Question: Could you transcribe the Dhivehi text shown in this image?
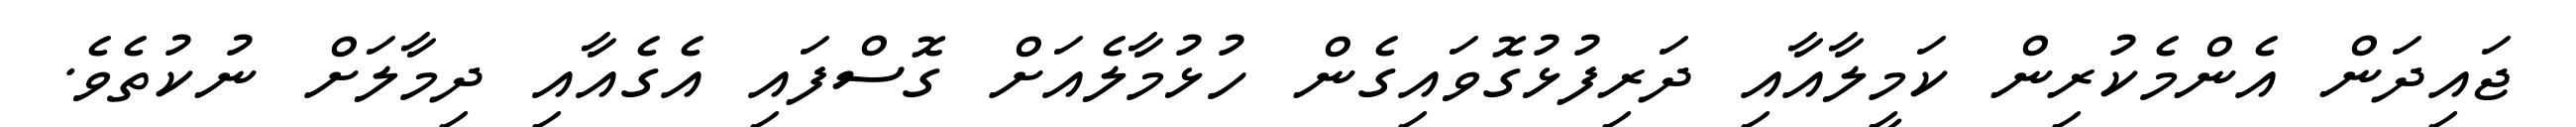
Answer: ޖައިދަން އެންމެކުރިން ކަމީލާއާއި ދަރިފުޅުގޮވައިގެން ހުޅުމާލެއަށް ގޮސްފައި އެގެއާއި ދިމާލަށް ނުކުތެވެ.